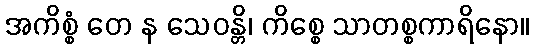
အကိစ္စံ တေ န သေဝန္တိ၊ ကိစ္စေ သာတစ္စကာရိနော။